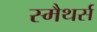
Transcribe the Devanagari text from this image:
स्मैथर्स